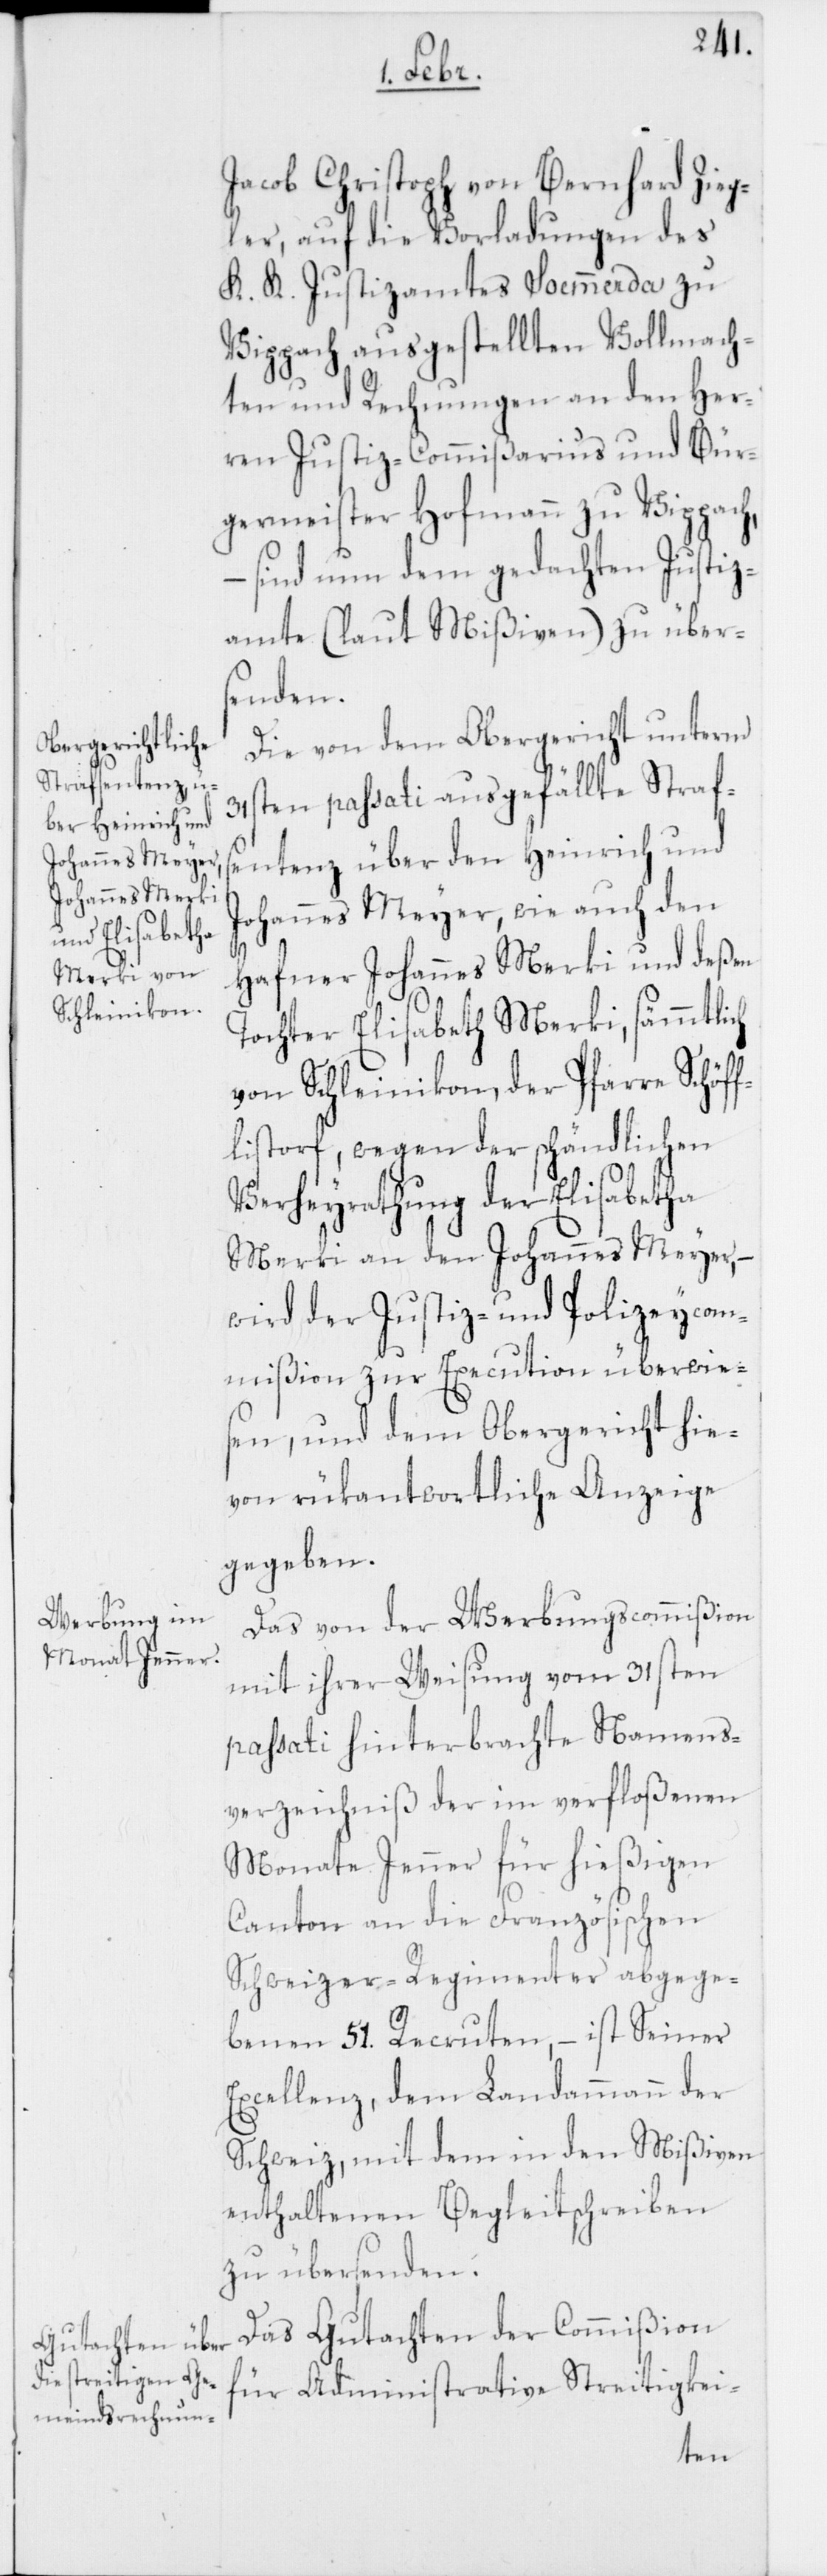
Jacob Christoph von Bernhard Zieg¬
ler, auf die Vorladungen des
K. K. Justizamtes Soemmerda zu
Vippach ausgestellten Vollmach¬
ten und Rechnungen an den Her¬
ren Justiz-Commißarius und Bür¬
germeister Hofmann zu Vippach,
– sind nun dem gedachten Justiz¬
amte (laut Mißiven) zu über¬
senden.
Die von dem Obergericht unterm
31sten passati ausgefällte Straf¬
sentenz über den Heinrich und
Johannes Meyer, wie auch den
Hafner Johannes Merki und deßen
Tochter Elisabeth Merki, sämmtlich
von Schleinikon, der Pfarre Schöf¬
flisdorf, wegen der schändlichen
Verheyrathung der Elisabetha
Merki an den Johannes Meyer, –
wird der Justiz- und Polizeycom¬
mißion zur Execution überwies¬
en, und dem Obergericht hie¬
von rükantwortliche Anzeige
gegeben.
Das von der Werbungscommißion
mit ihrer Weisung vom 31sten
passati hinterbrachte Namens¬
verzeichniß der im verfloßenen
Monate Jenner für hießigen
Canton an die Französischen
Schweizer-Regimenter abgege¬
benen 51. Recruten, – ist Seiner
Excellenz, dem Landammann der
Schweiz, mit dem in den Mißiven
enthaltenen Begleitschreiben
zu übersenden.
Das Gutachten der Commißion
für Administrative Streitigkei-